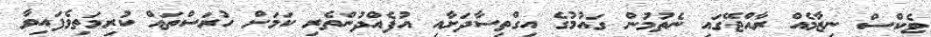
ޓެކްސް ނިޒާމެއް ރާއްޖޭގައި ނެތުމުން ގައުމުގެ އިގްތިސާދަށާއި އުފެއްދުންތެރި ކަމަށް ހުރަސްތައް ކުރިމަތިވެފައިވާ